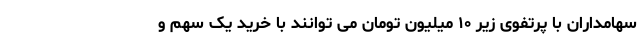
سهامداران با پرتفوی زیر ۱۰ میلیون تومان می توانند با خرید یک سهم و